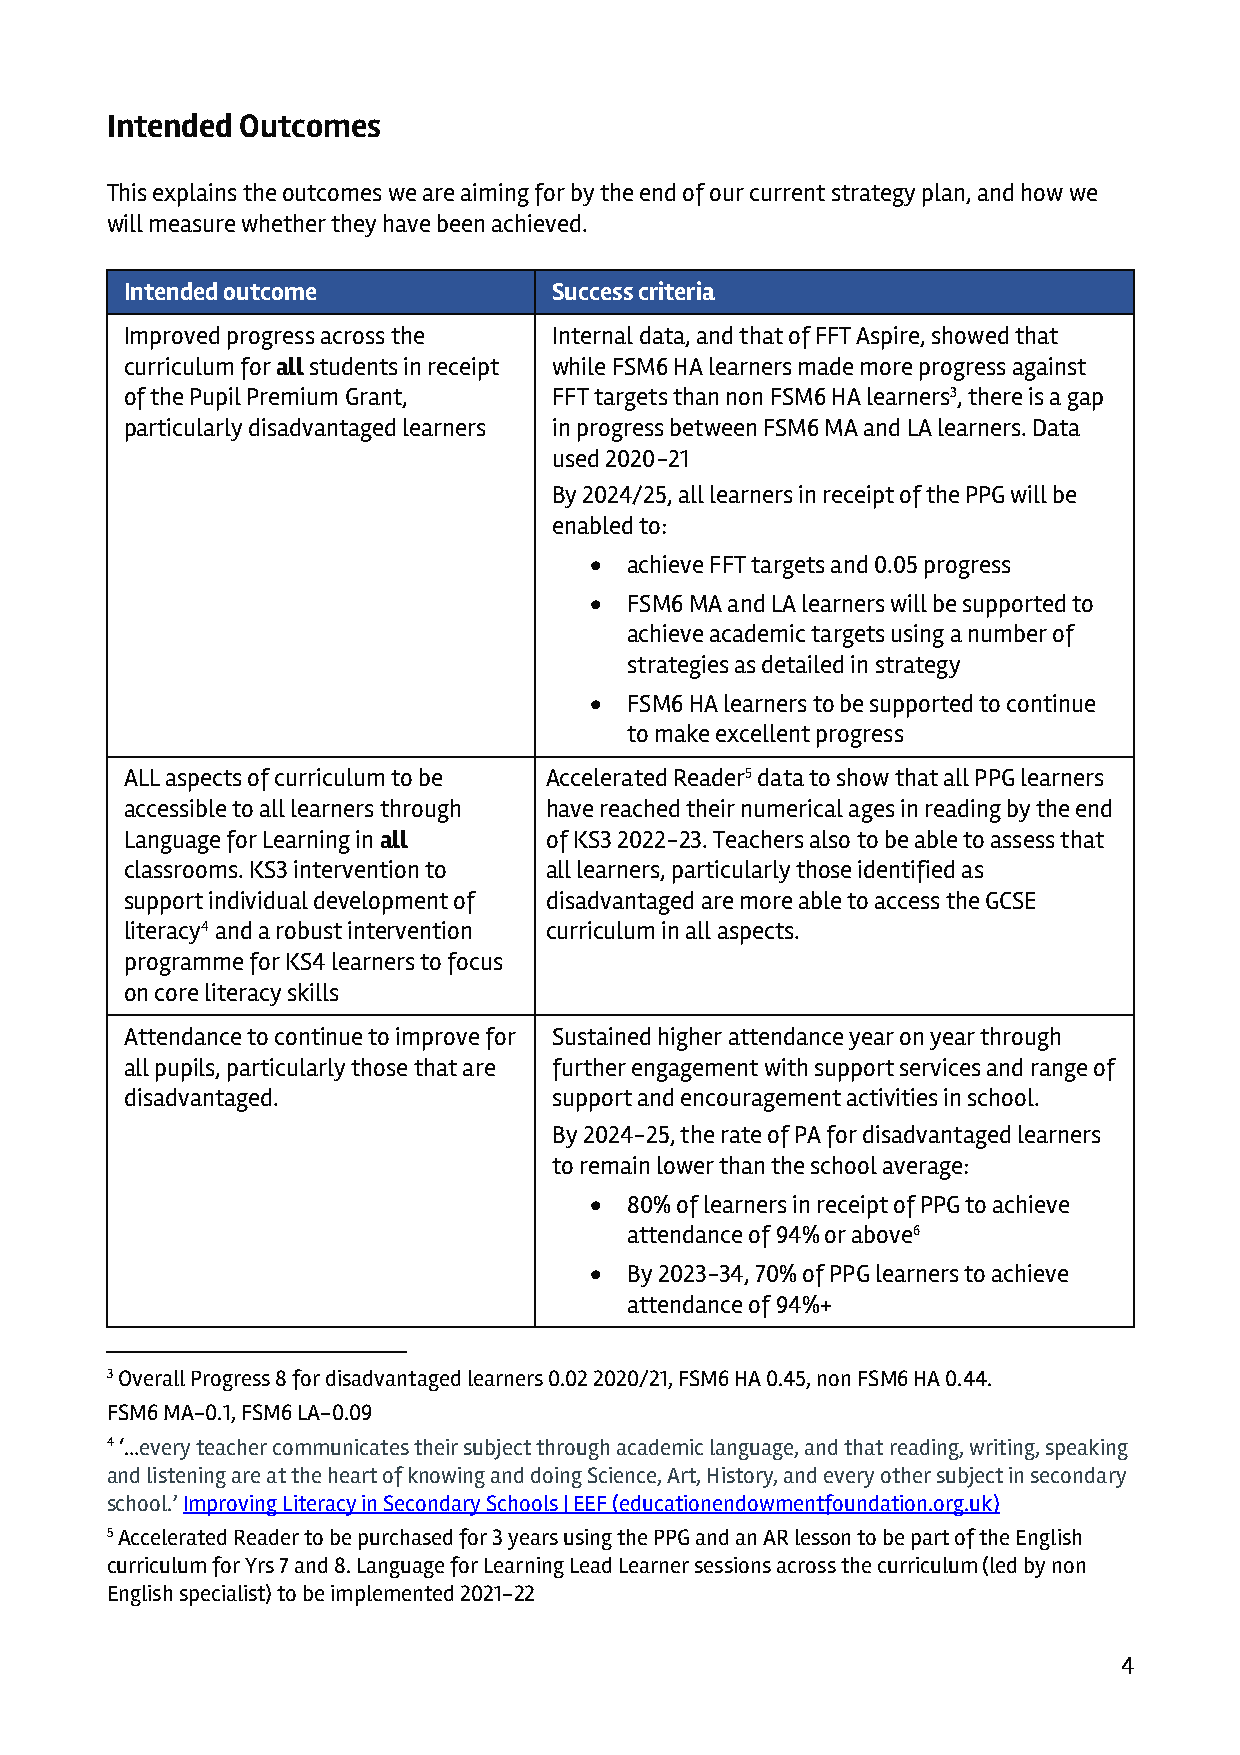
Intended Outcomes
 This explains the outcomes we are aiming for by the end of our current strategy plan, and how we
 will measure whether they have been achieved.
 Intended outcome             Success criteria
 Improved progress across the Internal data, and that of FFT Aspire, showed that
 curriculum for all students in receipt while FSM6 HA learners made more progress against
 of the Pupil Premium Grant,  FFT targets than non FSM6 HA learners3, there is a gap
 particularly disadvantaged learners in progress between FSM6 MA and LA learners. Data
 used 2020-21
 By 2024/25, all learners in receipt of the PPG will be
 enabled to:
 •  achieve FFT targets and 0.05 progress
 •  FSM6 MA and LA learners will be supported to
 achieve academic targets using a number of
 strategies as detailed in strategy
 •  FSM6 HA learners to be supported to continue
 to make excellent progress
 ALL aspects of curriculum to be Accelerated Reader5 data to show that all PPG learners
 accessible to all learners through have reached their numerical ages in reading by the end
 Language for Learning in all of KS3 2022-23. Teachers also to be able to assess that
 classrooms. KS3 intervention to all learners, particularly those identified as
 support individual development of disadvantaged are more able to access the GCSE
 literacy4 and a robust intervention curriculum in all aspects.
 programme for KS4 learners to focus
 on core literacy skills
 Attendance to continue to improve for Sustained higher attendance year on year through
 all pupils, particularly those that are further engagement with support services and range of
 disadvantaged.               support and encouragement activities in school.
 By 2024-25, the rate of PA for disadvantaged learners
 to remain lower than the school average:
 •  80% of learners in receipt of PPG to achieve
 attendance of 94% or above6
 •  By 2023-34, 70% of PPG learners to achieve
 attendance of 94%+
 3 Overall Progress 8 for disadvantaged learners 0.02 2020/21, FSM6 HA 0.45, non FSM6 HA 0.44.
 FSM6 MA-0.1, FSM6 LA-0.09
 4 ‘…every teacher communicates their subject through academic language, and that reading, writing, speaking
 and listening are at the heart of knowing and doing Science, Art, History, and every other subject in secondary
 school.’ Improving Literacy in Secondary Schools | EEF (educationendowmentfoundation.org.uk)
 5 Accelerated Reader to be purchased for 3 years using the PPG and an AR lesson to be part of the English
 curriculum for Yrs 7 and 8. Language for Learning Lead Learner sessions across the curriculum (led by non
 English specialist) to be implemented 2021-22
 4